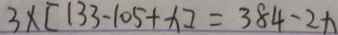
3 \times [ 1 3 3 - 1 0 5 + x ] = 3 8 4 - 2 x